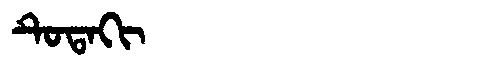
Manchu: ᡨᡠᡨᠠᡴᡳ
Romanization: TUTAKI